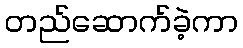
တည်ဆောက်ခဲ့ကာ